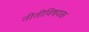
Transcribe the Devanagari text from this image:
नीतीविषयक